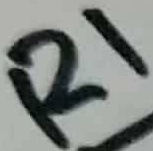
Text: R1